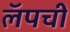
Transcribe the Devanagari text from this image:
लॅपची